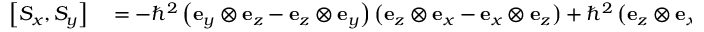
\begin{array} { r l } { \left[ S _ { x } , S _ { y } \right] } & { { } = - \hbar ^ { 2 } \left( \mathbf { e } _ { y } \otimes \mathbf { e } _ { z } - \mathbf { e } _ { z } \otimes \mathbf { e } _ { y } \right) \left( \mathbf { e } _ { z } \otimes \mathbf { e } _ { x } - \mathbf { e } _ { x } \otimes \mathbf { e } _ { z } \right) + \hbar ^ { 2 } \left( \mathbf { e } _ { z } \otimes \mathbf { e } _ { x } - \mathbf { e } _ { x } \otimes \mathbf { e } _ { z } \right) \left( \mathbf { e } _ { y } \otimes \mathbf { e } _ { z } - \mathbf { e } _ { z } \otimes \mathbf { e } _ { y } \right) } \end{array}